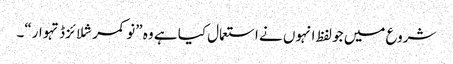
شروع میں جو لفظ انہوں نے استعمال کیا ہے وہ ”نو کمرشلائزڈ تہوار“۔